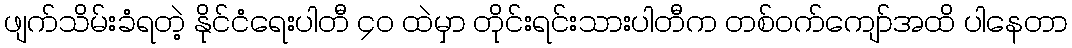
ဖျက်သိမ်းခံရတဲ့ နိုင်ငံရေးပါတီ ၄၀ ထဲမှာ တိုင်းရင်းသားပါတီက တစ်ဝက်ကျော်အထိ ပါနေတာ